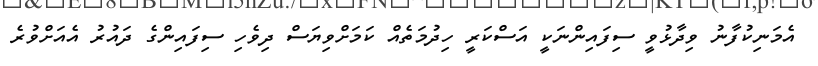
އެމަނިކުފާނު ވިދާޅުވީ ސިފައިންނަކީ އަސްކަރީ ހިދުމަތެއް ކަމަށްވިޔަސް ދިވެހި ސިފައިންގެ ދައުރު އެއަށްވުރެ